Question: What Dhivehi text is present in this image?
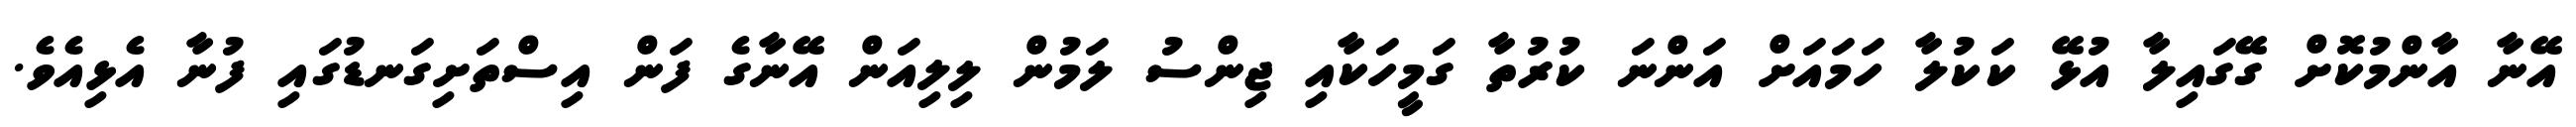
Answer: އޭނާ އާންމުކޮށް ގޭގައިލާ އުޅޭ ކަކުލާ ހަމައަށް އަންނަ ކުރުތާ ގަމީހަކާއި ޖިންސު ލަމުން ލިލިއަން އޭނާގެ ފަން އިސްތަށިގަނޑުގައި ފުނާ އެޅިއެވެ.